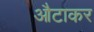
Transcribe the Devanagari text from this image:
औटाकर